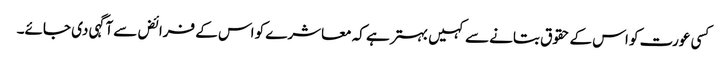
کسی عورت کو اس کے حقوق بتانے سے کہیں بہتر ہے کہ معاشرے کو اس کے فرائض سے آگہی دی جائے۔